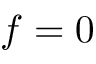
f = 0